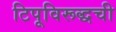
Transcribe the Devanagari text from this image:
टिपूविरूद्धची